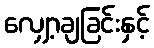
လျှော့ချခြင်းနှင့်